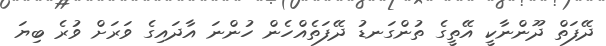
ދޭފަތް ދޫންނާކީ އޭތީގެ ތުންގަނޑު ދޭފަތެއްހެން ހުންނަ އާދައިގެ ވަރަށް ވުރެ ބިޔަ